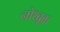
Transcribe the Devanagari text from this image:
नोथ्ब्रूक